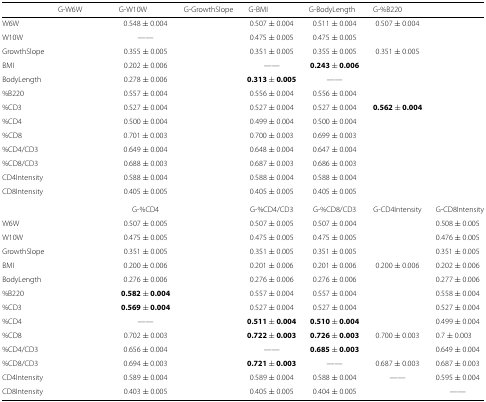
<table><thead><tr><td>[EMPTY_CELL]</td><td><b>G-W6W</b></td><td><b>G-W10W</b></td><td><b>G-GrowthSlope</b></td><td><b>G-BMI</b></td><td><b>G-BodyLength</b></td><td><b>G-%B220</b></td><td>[EMPTY_CELL]</td></tr></thead><tbody><tr><td>W6W</td><td>[EMPTY_CELL]</td><td>0.548 ± 0.004</td><td>[EMPTY_CELL]</td><td>0.507 ± 0.004</td><td>0.511 ± 0.004</td><td>0.507 ± 0.004</td><td>[EMPTY_CELL]</td></tr><tr><td>W10W</td><td>[EMPTY_CELL]</td><td>——</td><td>[EMPTY_CELL]</td><td>0.475 ± 0.005</td><td>0.475 ± 0.005</td><td>[EMPTY_CELL]</td><td>[EMPTY_CELL]</td></tr><tr><td>GrowthSlope</td><td>[EMPTY_CELL]</td><td>0.355 ± 0.005</td><td>[EMPTY_CELL]</td><td>0.351 ± 0.005</td><td>0.355 ± 0.005</td><td>0.351 ± 0.005</td><td>[EMPTY_CELL]</td></tr><tr><td>BMI</td><td>[EMPTY_CELL]</td><td>0.202 ± 0.006</td><td>[EMPTY_CELL]</td><td>——</td><td><b>0.243 ± 0.006</b></td><td>[EMPTY_CELL]</td><td>[EMPTY_CELL]</td></tr><tr><td>BodyLength</td><td>[EMPTY_CELL]</td><td>0.278 ± 0.006</td><td>[EMPTY_CELL]</td><td><b>0.313 ± 0.005</b></td><td>——</td><td>[EMPTY_CELL]</td><td>[EMPTY_CELL]</td></tr><tr><td>%B220</td><td>[EMPTY_CELL]</td><td>0.557 ± 0.004</td><td>[EMPTY_CELL]</td><td>0.556 ± 0.004</td><td>0.556 ± 0.004</td><td>[EMPTY_CELL]</td><td>[EMPTY_CELL]</td></tr><tr><td>%CD3</td><td>[EMPTY_CELL]</td><td>0.527 ± 0.004</td><td>[EMPTY_CELL]</td><td>0.527 ± 0.004</td><td>0.527 ± 0.004</td><td><b>0.562 ± 0.004</b></td><td>[EMPTY_CELL]</td></tr><tr><td>%CD4</td><td>[EMPTY_CELL]</td><td>0.500 ± 0.004</td><td>[EMPTY_CELL]</td><td>0.499 ± 0.004</td><td>0.500 ± 0.004</td><td>[EMPTY_CELL]</td><td>[EMPTY_CELL]</td></tr><tr><td>%CD8</td><td>[EMPTY_CELL]</td><td>0.701 ± 0.003</td><td>[EMPTY_CELL]</td><td>0.700 ± 0.003</td><td>0.699 ± 0.003</td><td>[EMPTY_CELL]</td><td>[EMPTY_CELL]</td></tr><tr><td>%CD4/CD3</td><td>[EMPTY_CELL]</td><td>0.649 ± 0.004</td><td>[EMPTY_CELL]</td><td>0.648 ± 0.004</td><td>0.647 ± 0.004</td><td>[EMPTY_CELL]</td><td>[EMPTY_CELL]</td></tr><tr><td>%CD8/CD3</td><td>[EMPTY_CELL]</td><td>0.688 ± 0.003</td><td>[EMPTY_CELL]</td><td>0.687 ± 0.003</td><td>0.686 ± 0.003</td><td>[EMPTY_CELL]</td><td>[EMPTY_CELL]</td></tr><tr><td>CD4Intensity</td><td>[EMPTY_CELL]</td><td>0.588 ± 0.004</td><td>[EMPTY_CELL]</td><td>0.588 ± 0.004</td><td>0.588 ± 0.004</td><td>[EMPTY_CELL]</td><td>[EMPTY_CELL]</td></tr><tr><td>CD8Intensity</td><td>[EMPTY_CELL]</td><td>0.405 ± 0.005</td><td>[EMPTY_CELL]</td><td>0.405 ± 0.005</td><td>0.405 ± 0.005</td><td>[EMPTY_CELL]</td><td>[EMPTY_CELL]</td></tr><tr><td>[EMPTY_CELL]</td><td>[EMPTY_CELL]</td><td>G-%CD4</td><td>[EMPTY_CELL]</td><td>G-%CD4/CD3</td><td>G-%CD8/CD3</td><td>G-CD4Intensity</td><td>G-CD8Intensity</td></tr><tr><td>W6W</td><td>[EMPTY_CELL]</td><td>0.507 ± 0.005</td><td>[EMPTY_CELL]</td><td>0.507 ± 0.005</td><td>0.507 ± 0.004</td><td>[EMPTY_CELL]</td><td>0.508 ± 0.005</td></tr><tr><td>W10W</td><td>[EMPTY_CELL]</td><td>0.475 ± 0.005</td><td>[EMPTY_CELL]</td><td>0.475 ± 0.005</td><td>0.475 ± 0.005</td><td>[EMPTY_CELL]</td><td>0.476 ± 0.005</td></tr><tr><td>GrowthSlope</td><td>[EMPTY_CELL]</td><td>0.351 ± 0.005</td><td>[EMPTY_CELL]</td><td>0.351 ± 0.005</td><td>0.351 ± 0.005</td><td>[EMPTY_CELL]</td><td>0.351 ± 0.005</td></tr><tr><td>BMI</td><td>[EMPTY_CELL]</td><td>0.200 ± 0.006</td><td>[EMPTY_CELL]</td><td>0.201 ± 0.006</td><td>0.201 ± 0.006</td><td>0.200 ± 0.006</td><td>0.202 ± 0.006</td></tr><tr><td>BodyLength</td><td>[EMPTY_CELL]</td><td>0.276 ± 0.006</td><td>[EMPTY_CELL]</td><td>0.276 ± 0.006</td><td>0.276 ± 0.006</td><td>[EMPTY_CELL]</td><td>0.277 ± 0.006</td></tr><tr><td>%B220</td><td>[EMPTY_CELL]</td><td><b>0.582 ± 0.004</b></td><td>[EMPTY_CELL]</td><td>0.557 ± 0.004</td><td>0.557 ± 0.004</td><td>[EMPTY_CELL]</td><td>0.558 ± 0.004</td></tr><tr><td>%CD3</td><td>[EMPTY_CELL]</td><td><b>0.569 ± 0.004</b></td><td>[EMPTY_CELL]</td><td>0.527 ± 0.004</td><td>0.527 ± 0.004</td><td>[EMPTY_CELL]</td><td>0.527 ± 0.004</td></tr><tr><td>%CD4</td><td>[EMPTY_CELL]</td><td>——</td><td>[EMPTY_CELL]</td><td><b>0.511 ± 0.004</b></td><td><b>0.510 ± 0.004</b></td><td>[EMPTY_CELL]</td><td>0.499 ± 0.004</td></tr><tr><td>%CD8</td><td>[EMPTY_CELL]</td><td>0.702 ± 0.003</td><td>[EMPTY_CELL]</td><td><b>0.722 ± 0.003</b></td><td><b>0.726 ± 0.003</b></td><td>0.700 ± 0.003</td><td>0.7 ± 0.003</td></tr><tr><td>%CD4/CD3</td><td>[EMPTY_CELL]</td><td>0.656 ± 0.004</td><td>[EMPTY_CELL]</td><td>——</td><td><b>0.685 ± 0.003</b></td><td>[EMPTY_CELL]</td><td>0.649 ± 0.004</td></tr><tr><td>%CD8/CD3</td><td>[EMPTY_CELL]</td><td>0.694 ± 0.003</td><td>[EMPTY_CELL]</td><td><b>0.721 ± 0.003</b></td><td>——</td><td>0.687 ± 0.003</td><td>0.687 ± 0.003</td></tr><tr><td>CD4Intensity</td><td>[EMPTY_CELL]</td><td>0.589 ± 0.004</td><td>[EMPTY_CELL]</td><td>0.589 ± 0.004</td><td>0.588 ± 0.004</td><td>——</td><td>0.595 ± 0.004</td></tr><tr><td>CD8Intensity</td><td>[EMPTY_CELL]</td><td>0.403 ± 0.005</td><td>[EMPTY_CELL]</td><td>0.405 ± 0.005</td><td>0.404 ± 0.005</td><td>[EMPTY_CELL]</td><td>——</td></tr></tbody></table>